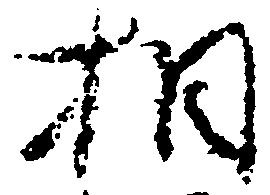
相